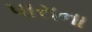
પારાના